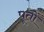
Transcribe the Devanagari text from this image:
पूतों